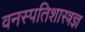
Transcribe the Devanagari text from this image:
वनस्पतिशास्त्रज्ञ